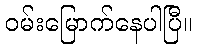
ဝမ်းမြောက်နေပါပြီ။